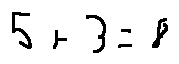
5 + 3 = 8